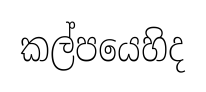
කල්පයෙහිද